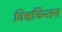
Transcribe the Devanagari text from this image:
विश्वचिन्तन